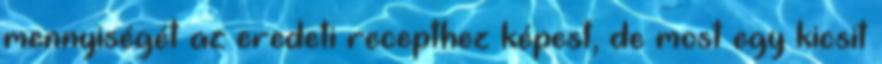
mennyiségét az eredeti recepthez képest, de most egy kicsit